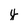
Character: y